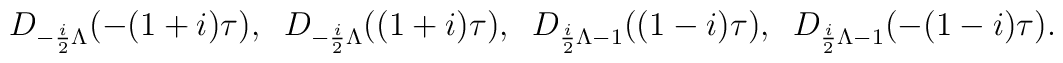
D_{-\frac{i}{2}\Lambda}(-(1+i) \tau),\; \;D_{-\frac{i}{2}\Lambda}((1+i) \tau),\; \;D_{\frac{i}{2}\Lambda -1}((1-i) \tau),\; \;D_{\frac{i}{2}\Lambda -1}(-(1-i) \tau) .